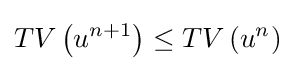
TV\left(u^{n+1}\right)\leq TV\left(u^{n}\right)